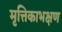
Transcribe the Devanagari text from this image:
मृत्तिकाभक्षण